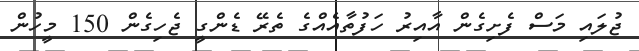
ޖުލައި މަސް ފެށިގެން އާއިރު ހަފުތާއެއްގެ ތެރޭ ޑެންގީ ޖެހިގެން 150 މީހުން